Scottish Leaving Certificate Examination, 1958
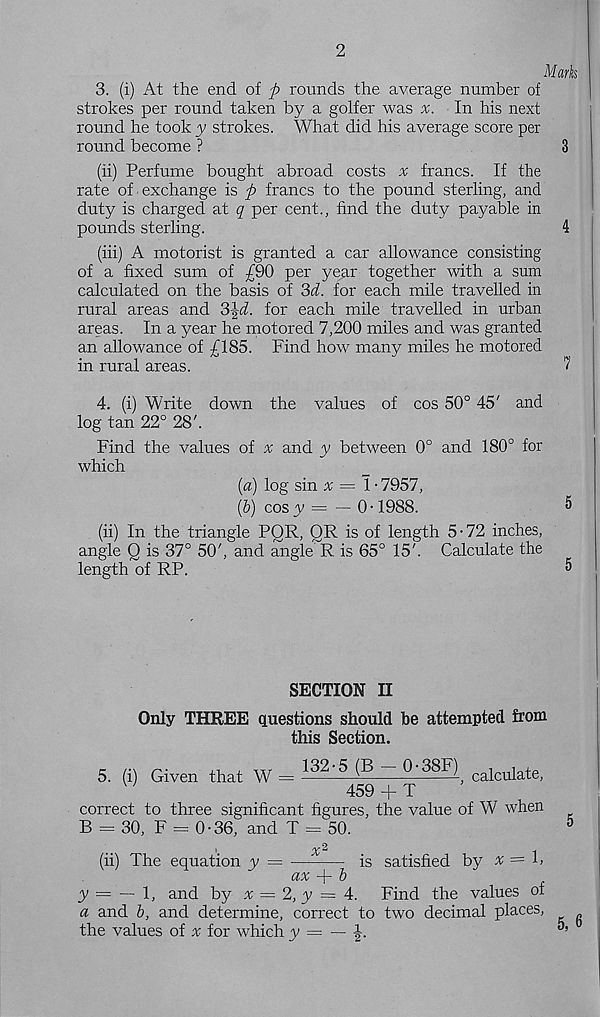
2
Marks
3. (i) At the end of p rounds the average number of
strokes per round taken by a golfer was
In his next
round he tooky strokes. What did his average score per
round become ?
3
(ii) Perfume bought abroad costs % francs. If the
rate of exchange is p francs to the pound sterling, and
duty is charged at q per cent., find the duty payable in
pounds sterling.
4
(hi) A motorist is granted a car allowance consisting
of a fixed sum of £90 per year together with a sum
calculated on the basis of 3d. for each mile travelled in
rural areas and 3\d. for each mile travelled in urban
areas. In a year he motored 7,200 miles and was granted
an allowance of £185. Find how many miles he motored
in rural areas.
I
4. (i) Write down the values of cos 50° 45' and
log tan 22° 28'.
Find the values of ^ and y between 0° and 180° for
which
(a) log sin % = \ - 7957,
(&) cosy = — 0-1988.
5
(ii) In the triangle PQR, QR is of length 5-72 inches,
angle Q is 37° 50', and angle R is 65° 15'. Calculate the
length of RP.
5
SECTION II
Only THREE questions should be attempted from
this Section.
5. (i) Given that W - 132 ' 5
~ 0 ' 38F I calculate,
W
459 + T
correct to three significant figures, the value of W when
B = 30, F = 0-36, and T = 50.
5
-j
(ii) The equation y = —
is satisfied by x = 1,
ax -j- b
y = — 1, and by x ~ 2, y = 4.
Find the values of
a and b, and determine, correct to two decimal places,
the values of v for which y = — J.